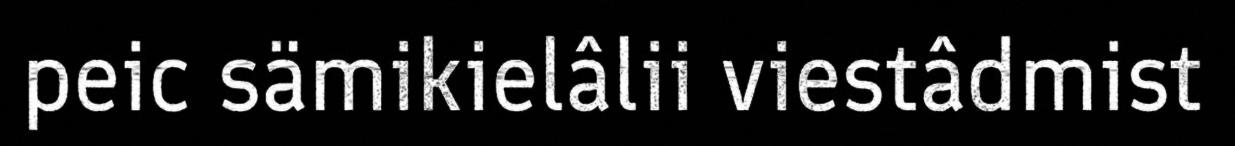
peic sämikielâlii viestâdmist